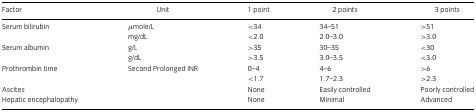
<table><thead><tr><td><b>Factor</b></td><td><b>Unit</b></td><td><b>1 point</b></td><td><b>2 points</b></td><td><b>3 points</b></td></tr></thead><tbody><tr><td>Serum bilirubin</td><td>μmole/L</td><td>&lt;34</td><td>34–51</td><td>&gt;51</td></tr><tr><td></td><td>mg/dL</td><td>&lt;2.0</td><td>2.0–3.0</td><td>&gt;3.0</td></tr><tr><td>Serum albumin</td><td>g/L</td><td>&gt;35</td><td>30–35</td><td>&lt;30</td></tr><tr><td></td><td>g/dL</td><td>&gt;3.5</td><td>3.0–3.5</td><td>&lt;3.0</td></tr><tr><td>Prothrombin time</td><td>Second Prolonged INR</td><td>0–4</td><td>4–6</td><td>&gt;6</td></tr><tr><td></td><td></td><td>&lt;1.7</td><td>1.7–2.3</td><td>&gt;2.3</td></tr><tr><td>Ascites</td><td></td><td>None</td><td>Easily controlled</td><td>Poorly controlled</td></tr><tr><td>Hepatic encephalopathy</td><td></td><td>None</td><td>Minimal</td><td>Advanced</td></tr></tbody></table>